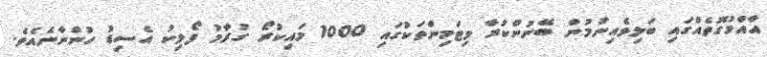
އާއްމުގޮތެއްގައި ބަލިވެއިނުމުން ބޭނުންކުރާ ވިޓަމިންތަކުގައި 1000 މައިކުރޯ ގުރާމު ފޯލިކު އެސިޑު ހުންނާނެއެވެ.